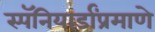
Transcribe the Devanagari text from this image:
स्पॅनियार्डांप्रमाणे